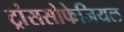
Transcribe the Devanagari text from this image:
ट्रांससोफेजियल